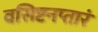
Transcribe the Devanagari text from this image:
वसिष्टनप्तारं